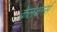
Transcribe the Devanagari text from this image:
केलेशर्न्स